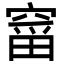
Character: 𮄋